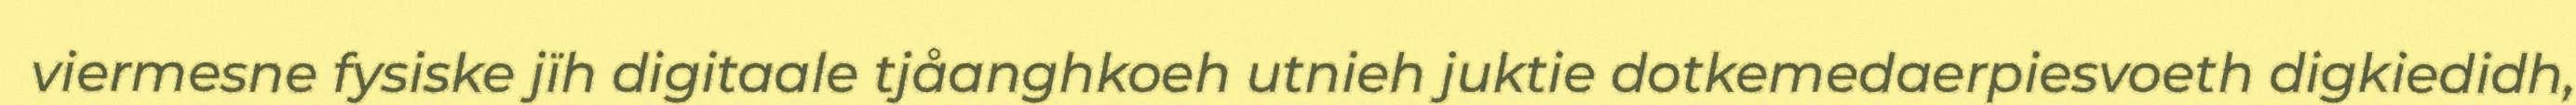
viermesne fysiske jïh digitaale tjåanghkoeh utnieh juktie dotkemedaerpiesvoeth digkiedidh,